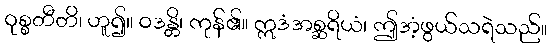
ဝုစ္စတီတိ၊ ဟူ၍။ ဝဒန္တိ၊ ကုန်၏။ ဣဒံအစ္ဆရိယံ၊ ဤအံ့ဖွယ်သရဲသည်။